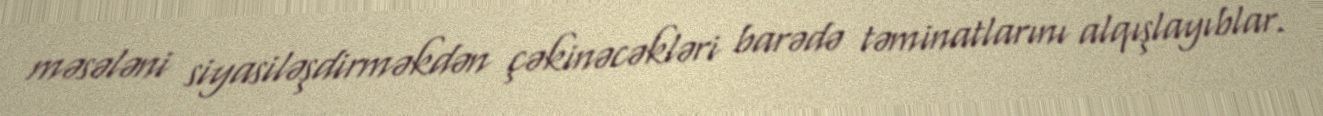
məsələni siyasiləşdirməkdən çəkinəcəkləri barədə təminatlarını alqışlayıblar.